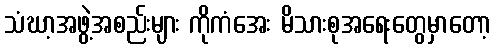
သံဃာ့အဖွဲ့အစည်းများ ကိုကံအေး မိသားစုအရေးတွေမှာတော့